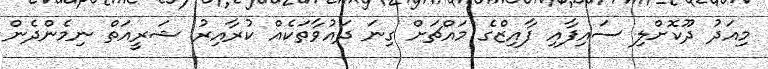
މިއަދު ދޫކޮށްލި ސައިފާއި ފާއިޒްގެ މައްޗަށް ގިނަ ދައުވާތަކެއް ކުރާއިރު ޝަރީއަތް ނިމެންދެން